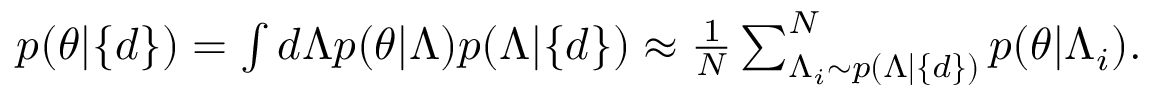
\begin{array} { r } { p ( \theta | \{ d \} ) = \int d \Lambda p ( \theta | \Lambda ) p ( \Lambda | \{ d \} ) \approx \frac { 1 } { N } \sum _ { \Lambda _ { i } \sim p ( \Lambda | \{ d \} ) } ^ { N } p ( \theta | \Lambda _ { i } ) . } \end{array}